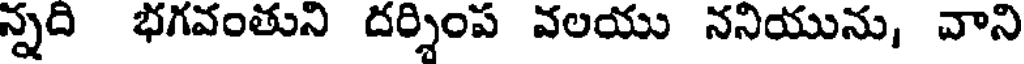
న్నది భగవంతుని దర్శింప వలయు ననియును, వాని